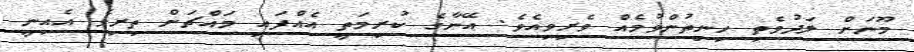
މޫނަށް ލަދުވެތި ހިނިތުންވުމެއް ވެރިވިއެވެ. އޭނާގެ ކުރިމަތީ އެއްފައި މައްްޗަށް ތިރިވެ އެއިނީ